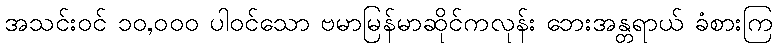
အသင်းဝင် ၁၀,၀၀၀ ပါဝင်သော ဗမာမြန်မာဆိုင်ကလုန်း ဘေးအန္တရာယ် ခံစားကြ